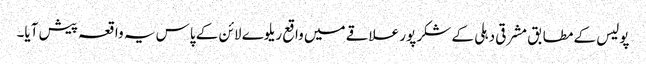
پولیس کے مطابق مشرقی دہلی کے شکر پور علاقے میں واقع ریلوے لائن کے پاس یہ واقعہ پیش آیا۔